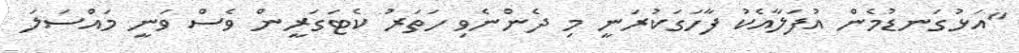
"އަޅުގަނޑުމެން އުފަލާއެކު ފާހަގަކުރަނީ މި ދެންނެވި ހަތަރު ކެޓަގަރީން ވެސް ވަނީ މައްސަލަ